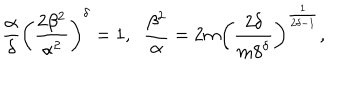
\frac { \alpha } { \delta } \left( \frac { 2 \beta ^ { 2 } } { \alpha ^ { 2 } } \right) ^ { \delta } = 1 , \; \; \frac { \beta ^ { 2 } } { \alpha } = 2 m \left( \frac { 2 \delta } { m 8 ^ { \delta } } \right) ^ { \frac { 1 } { 2 \delta - 1 } } ,